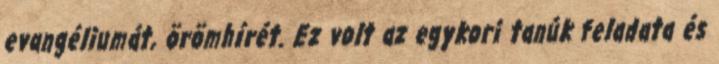
evangéliumát, örömhírét. Ez volt az egykori tanúk feladata és